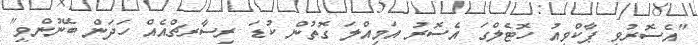
"އެސޮރުވީ ޕާކްވިއު ހޮޓެލްގަ އެސޮރު އަމިއްލަ ގޮތުން ކުޑަ ރިސާރޗްއެއް ހަދަން ބޭނުންވީ"